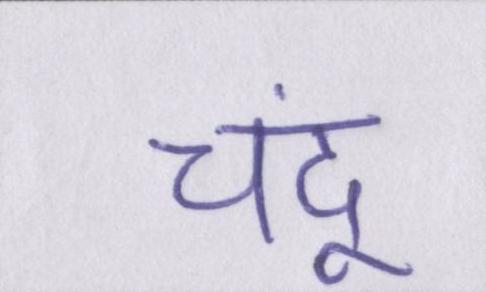
चंदू